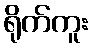
ရိုက်ကူး